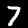
Label: 7